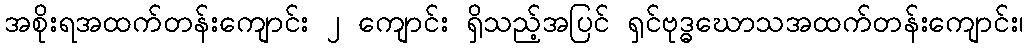
အစိုးရအထက်တန်းကျောင်း ၂ ကျောင်း ရှိသည့်အပြင် ရှင်ဗုဒ္ဓဃောသအထက်တန်းကျောင်း၊